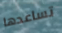
تساعدها